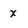
Character: X